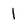
Character: l